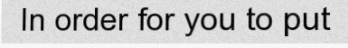
In order for you to put